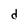
Character: d